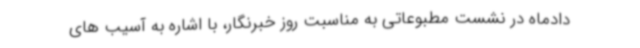
دادماه در نشست مطبوعاتی به مناسبت روز خبرنگار، با اشاره به آسیب های